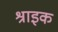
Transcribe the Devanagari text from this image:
श्राइक